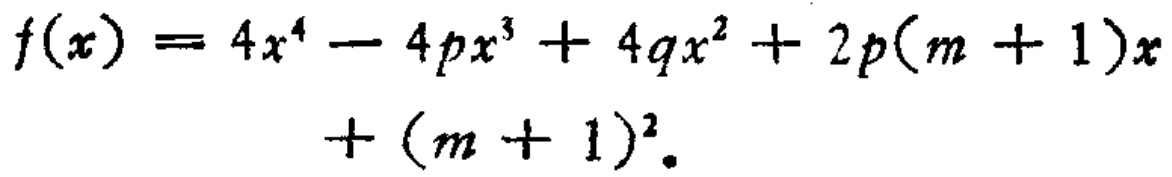
\[

\begin{align*}

f(x)=4x^{4}-4px^{3}+4qx^{2}+2p(m + 1)x+(m + 1)^{2}.

\end{align*}

\]